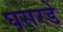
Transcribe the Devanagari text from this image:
घसरडे